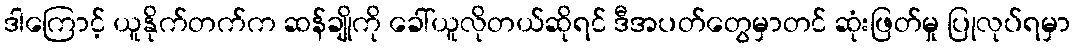
ဒါကြောင့် ယူနိုက်တက်က ဆန်ချိုကို ခေါ်ယူလိုတယ်ဆိုရင် ဒီအပတ်တွေမှာတင် ဆုံးဖြတ်မှု ပြုလုပ်ရမှာ